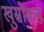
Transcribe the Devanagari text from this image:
खुस्रोंकडे